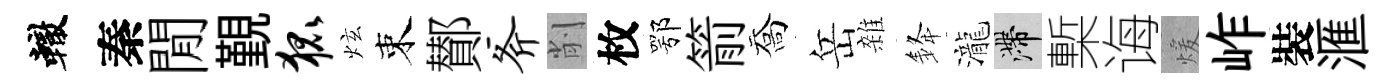
轍秦閒覲狐炫束鄼斧削枚鄂箭喬岳雜𨦟瀧滯槧诲煖岞裝滙